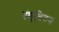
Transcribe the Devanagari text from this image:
स्मृतिरुप